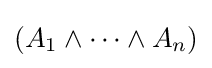
(A_{1}\land \cdots \land A_{n})